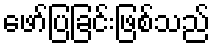
ဖော်ပြခြင်းဖြစ်သည်